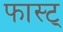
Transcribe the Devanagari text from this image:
फास्ट्